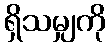
ရှိသမျှကို